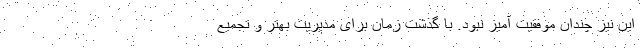
این نیز چندان موفقیت آمیز نبود. با گذشت زمان برای مدیریت بهتر و تجمیع